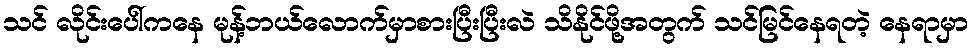
သင် လိုင်းပေါ်ကနေ မုန့်ဘယ်လောက်မှာစားပြီးပြီးလဲ သိနိုင်ဖို့အတွက် သင်မြင်နေရတဲ့ နေရာမှာ